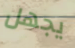
يجهل